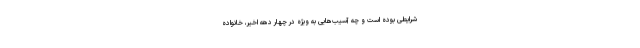
شرایطی بوده است و چه آسیب‌هایی به ویژه در چهار دهه اخیر، خانواده